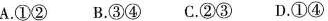
A.①② B.③④ C.②③ D.①④